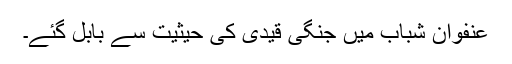
عنفوان شباب میں جنگی قیدی کی حیثیت سے بابل گئے۔